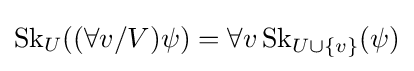
\operatorname {Sk} _{U}((\forall v/V)\psi )=\forall v\operatorname {Sk} _{U\cup \{v\}}(\psi )